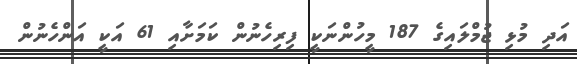
އަދި މުޅި ޖުމްލައިގެ 187 މީހުންނަކީ ފިރިހެނުން ކަމަށާއި 61 އަކީ އަންހެނުން